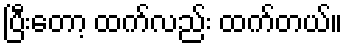
ပြီးတော့ ထက်လည်း ထက်တယ်။